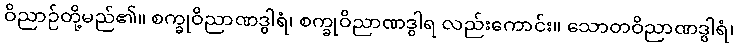
ဝိညာဉ်တို့မည်၏။ စက္ခုဝိညာဏဒွါရံ၊ စက္ခုဝိညာဏဒွါရ လည်းကောင်း။ သောတဝိညာဏဒွါရံ၊